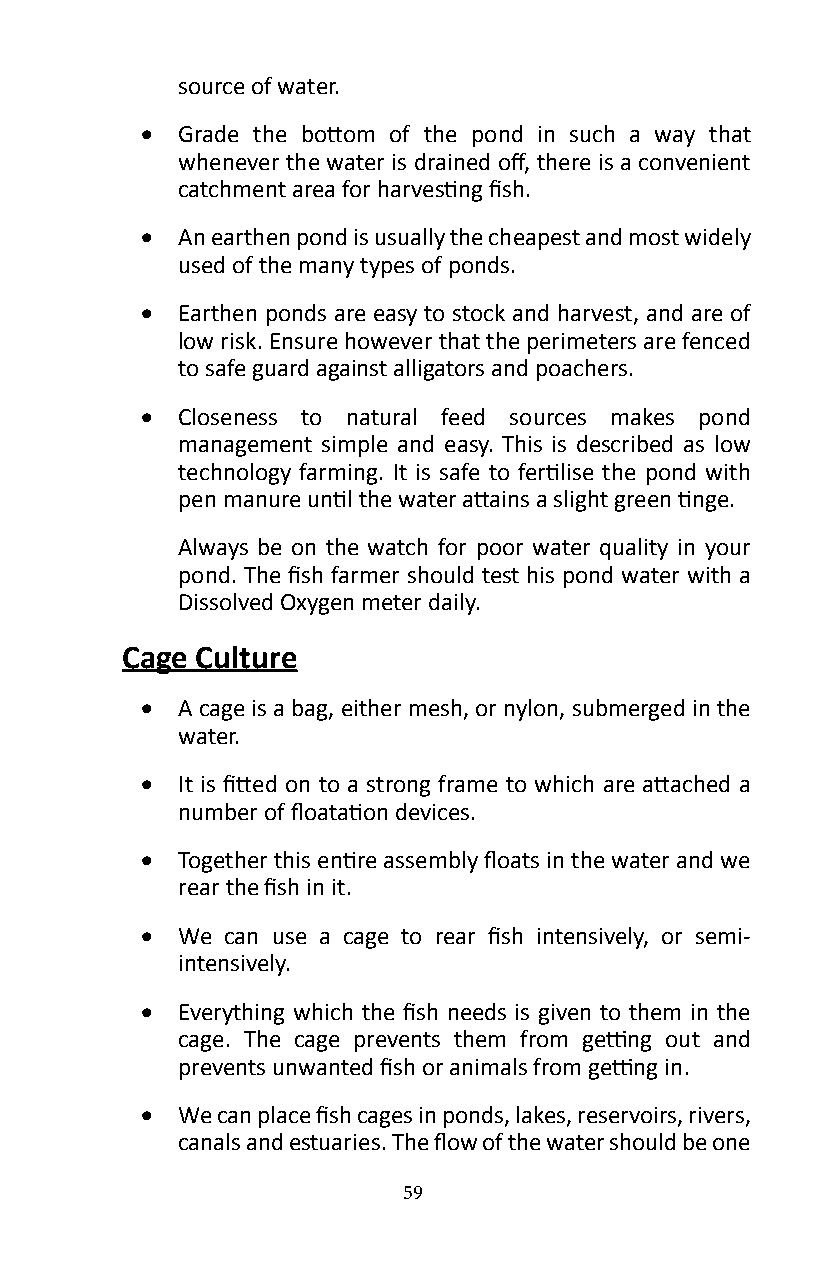
source of water�
 •  Grade the bottom of the pond in such a way that
 whenever the water is drained off, there is a convenient
 catchment area for harvesting fish.
 •  An earthen pond is usually the cheapest and most widely
 used of the many types of ponds�
 •  Earthen ponds are easy to stock and harvest, and are of
 low risk� Ensure however that the perimeters are fenced
 to safe guard against alligators and poachers�
 •  Closeness to natural feed sources makes pond
 management simple and easy� This is described as low
 technology farming. It is safe to fertilise the pond with
 pen manure until the water attains a slight green tinge.
 Always be on the watch for poor water quality in your
 pond. The fish farmer should test his pond water with a
 Dissolved Oxygen meter daily�
 Cage Culture
 •  A cage is a bag, either mesh, or nylon, submerged in the
 water�
 •  It is fitted on to a strong frame to which are attached a
 number of floatation devices.
 •  Together this entire assembly floats in the water and we
 rear the fish in it.
 •  We can use a cage to rear fish intensively, or semi-
 intensively�
 •  Everything which the fish needs is given to them in the
 cage. The cage prevents them from getting out and
 prevents unwanted fish or animals from getting in.
 •  We can place fish cages in ponds, lakes, reservoirs, rivers,
 canals and estuaries. The flow of the water should be one
 59